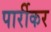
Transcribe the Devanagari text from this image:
पार्रीकर